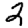
Digit: 2